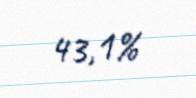
43,1%